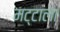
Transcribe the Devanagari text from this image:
मट्टाला